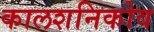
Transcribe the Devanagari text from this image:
कालशनिकोव